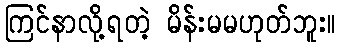
ကြင်နာလို့ရတဲ့ မိန်းမမဟုတ်ဘူး။